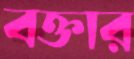
বক্তার